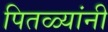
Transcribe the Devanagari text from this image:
पितळ्यांनी